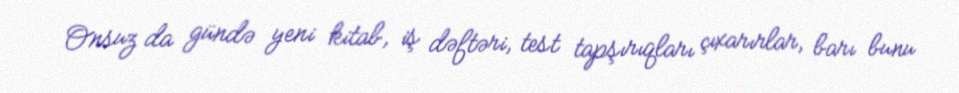
Onsuz da gündə yeni kitab, iş dəftəri, test tapşırıqları çıxarırlar, barı bunu